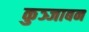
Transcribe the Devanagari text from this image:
कुञ्जाबन